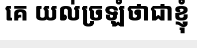
គេ យល់ច្រឡំថាជាខ្ញុំ